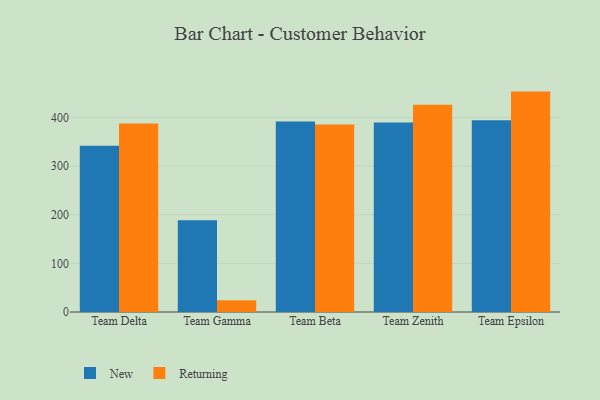
{"axis": {"x": "Team", "y": "Population (Million)"}, "legend": ["New", "Returning"], "data": [{"x": "Team Delta", "y": 342.0, "type": "New"}, {"x": "Team Delta", "y": 387.5, "type": "Returning"}, {"x": "Team Gamma", "y": 188.6, "type": "New"}, {"x": "Team Gamma", "y": 24.1, "type": "Returning"}, {"x": "Team Beta", "y": 391.9, "type": "New"}, {"x": "Team Beta", "y": 385.6, "type": "Returning"}, {"x": "Team Zenith", "y": 389.5, "type": "New"}, {"x": "Team Zenith", "y": 426.4, "type": "Returning"}, {"x": "Team Epsilon", "y": 394.5, "type": "New"}, {"x": "Team Epsilon", "y": 453.3, "type": "Returning"}]}